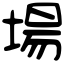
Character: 場